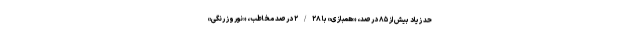
حد زیاد بیش از ۸۵ درصد، «همبازی» با ۲/۲۸ درصد مخاطب، «نوروز رنگی»